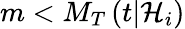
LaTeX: m<M_{T}\left(t\vert{\cal H}_{i}\right)